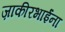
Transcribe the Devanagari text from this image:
ज़ाकीरभाईंना